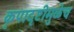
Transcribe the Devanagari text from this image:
कृपादृष्टीमुळेच